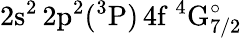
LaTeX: \mathrm{2s^{2}\, 2p^{2}(^{3}P)\, 4f~^{4}G_{7/2}^{\circ}}